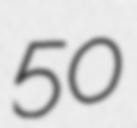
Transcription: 50